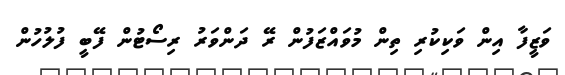
ވަޒީފާ އިން ވަކިކުރި ތިން މުވައްޒަފުން ރޭ ދަންވަރު ރިސޯޓުން ފޭބީ ފުލުހުން